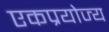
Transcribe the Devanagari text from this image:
एकप्रयोज्य